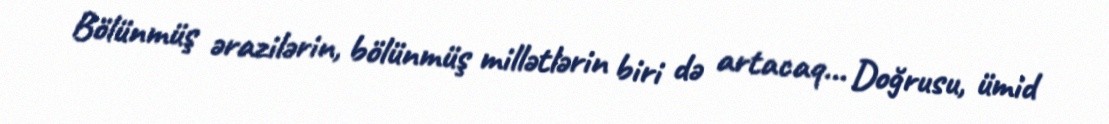
Bölünmüş ərazilərin, bölünmüş millətlərin biri də artacaq... Doğrusu, ümid